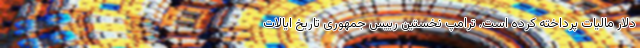
دلار مالیات پرداخته کرده است. ترامپ نخستین رییس جمهوری تاریخ ایالات